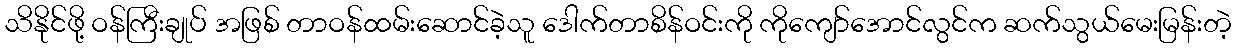
သိနိုင်ဖို့ ဝန်ကြီးချုပ် အဖြစ် တာဝန်ထမ်းဆောင်ခဲ့သူ ဒေါက်တာစိန်ဝင်းကို ကိုကျော်အောင်လွင်က ဆက်သွယ်မေးမြန်းတဲ့